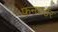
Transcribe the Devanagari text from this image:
फनवर्डर